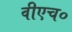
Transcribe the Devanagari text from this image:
वीएच०